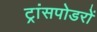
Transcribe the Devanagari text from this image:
ट्रांसपोडरों